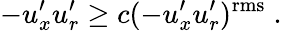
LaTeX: -u_{x}^{\prime}u_{r}^{\prime}\ge c(-u_{x}^{\prime}u_{r}^{\prime})^{\mathrm{rms}}\; .